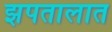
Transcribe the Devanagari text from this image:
झपतालात